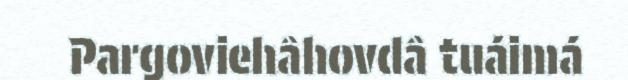
Pargoviehâhovdâ tuáimá